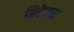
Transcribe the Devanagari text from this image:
ब्रिटेनन